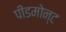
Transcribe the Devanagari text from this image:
पीडमोन्ट